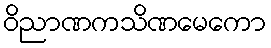
ဝိညာဏကသိဏမေကော